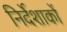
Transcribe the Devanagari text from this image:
निर्देशाकों